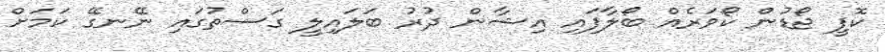
ކޮފީ ޖޯޑުން ކޯވަރެއް ބޯލާފައި އިޝާން ދުރު ބަލައިލީ ގަސްތުގައި ނޭނގޭ ކަމަށް